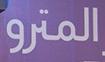
المترو